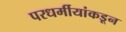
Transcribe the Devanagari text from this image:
परधर्मीयांकडून